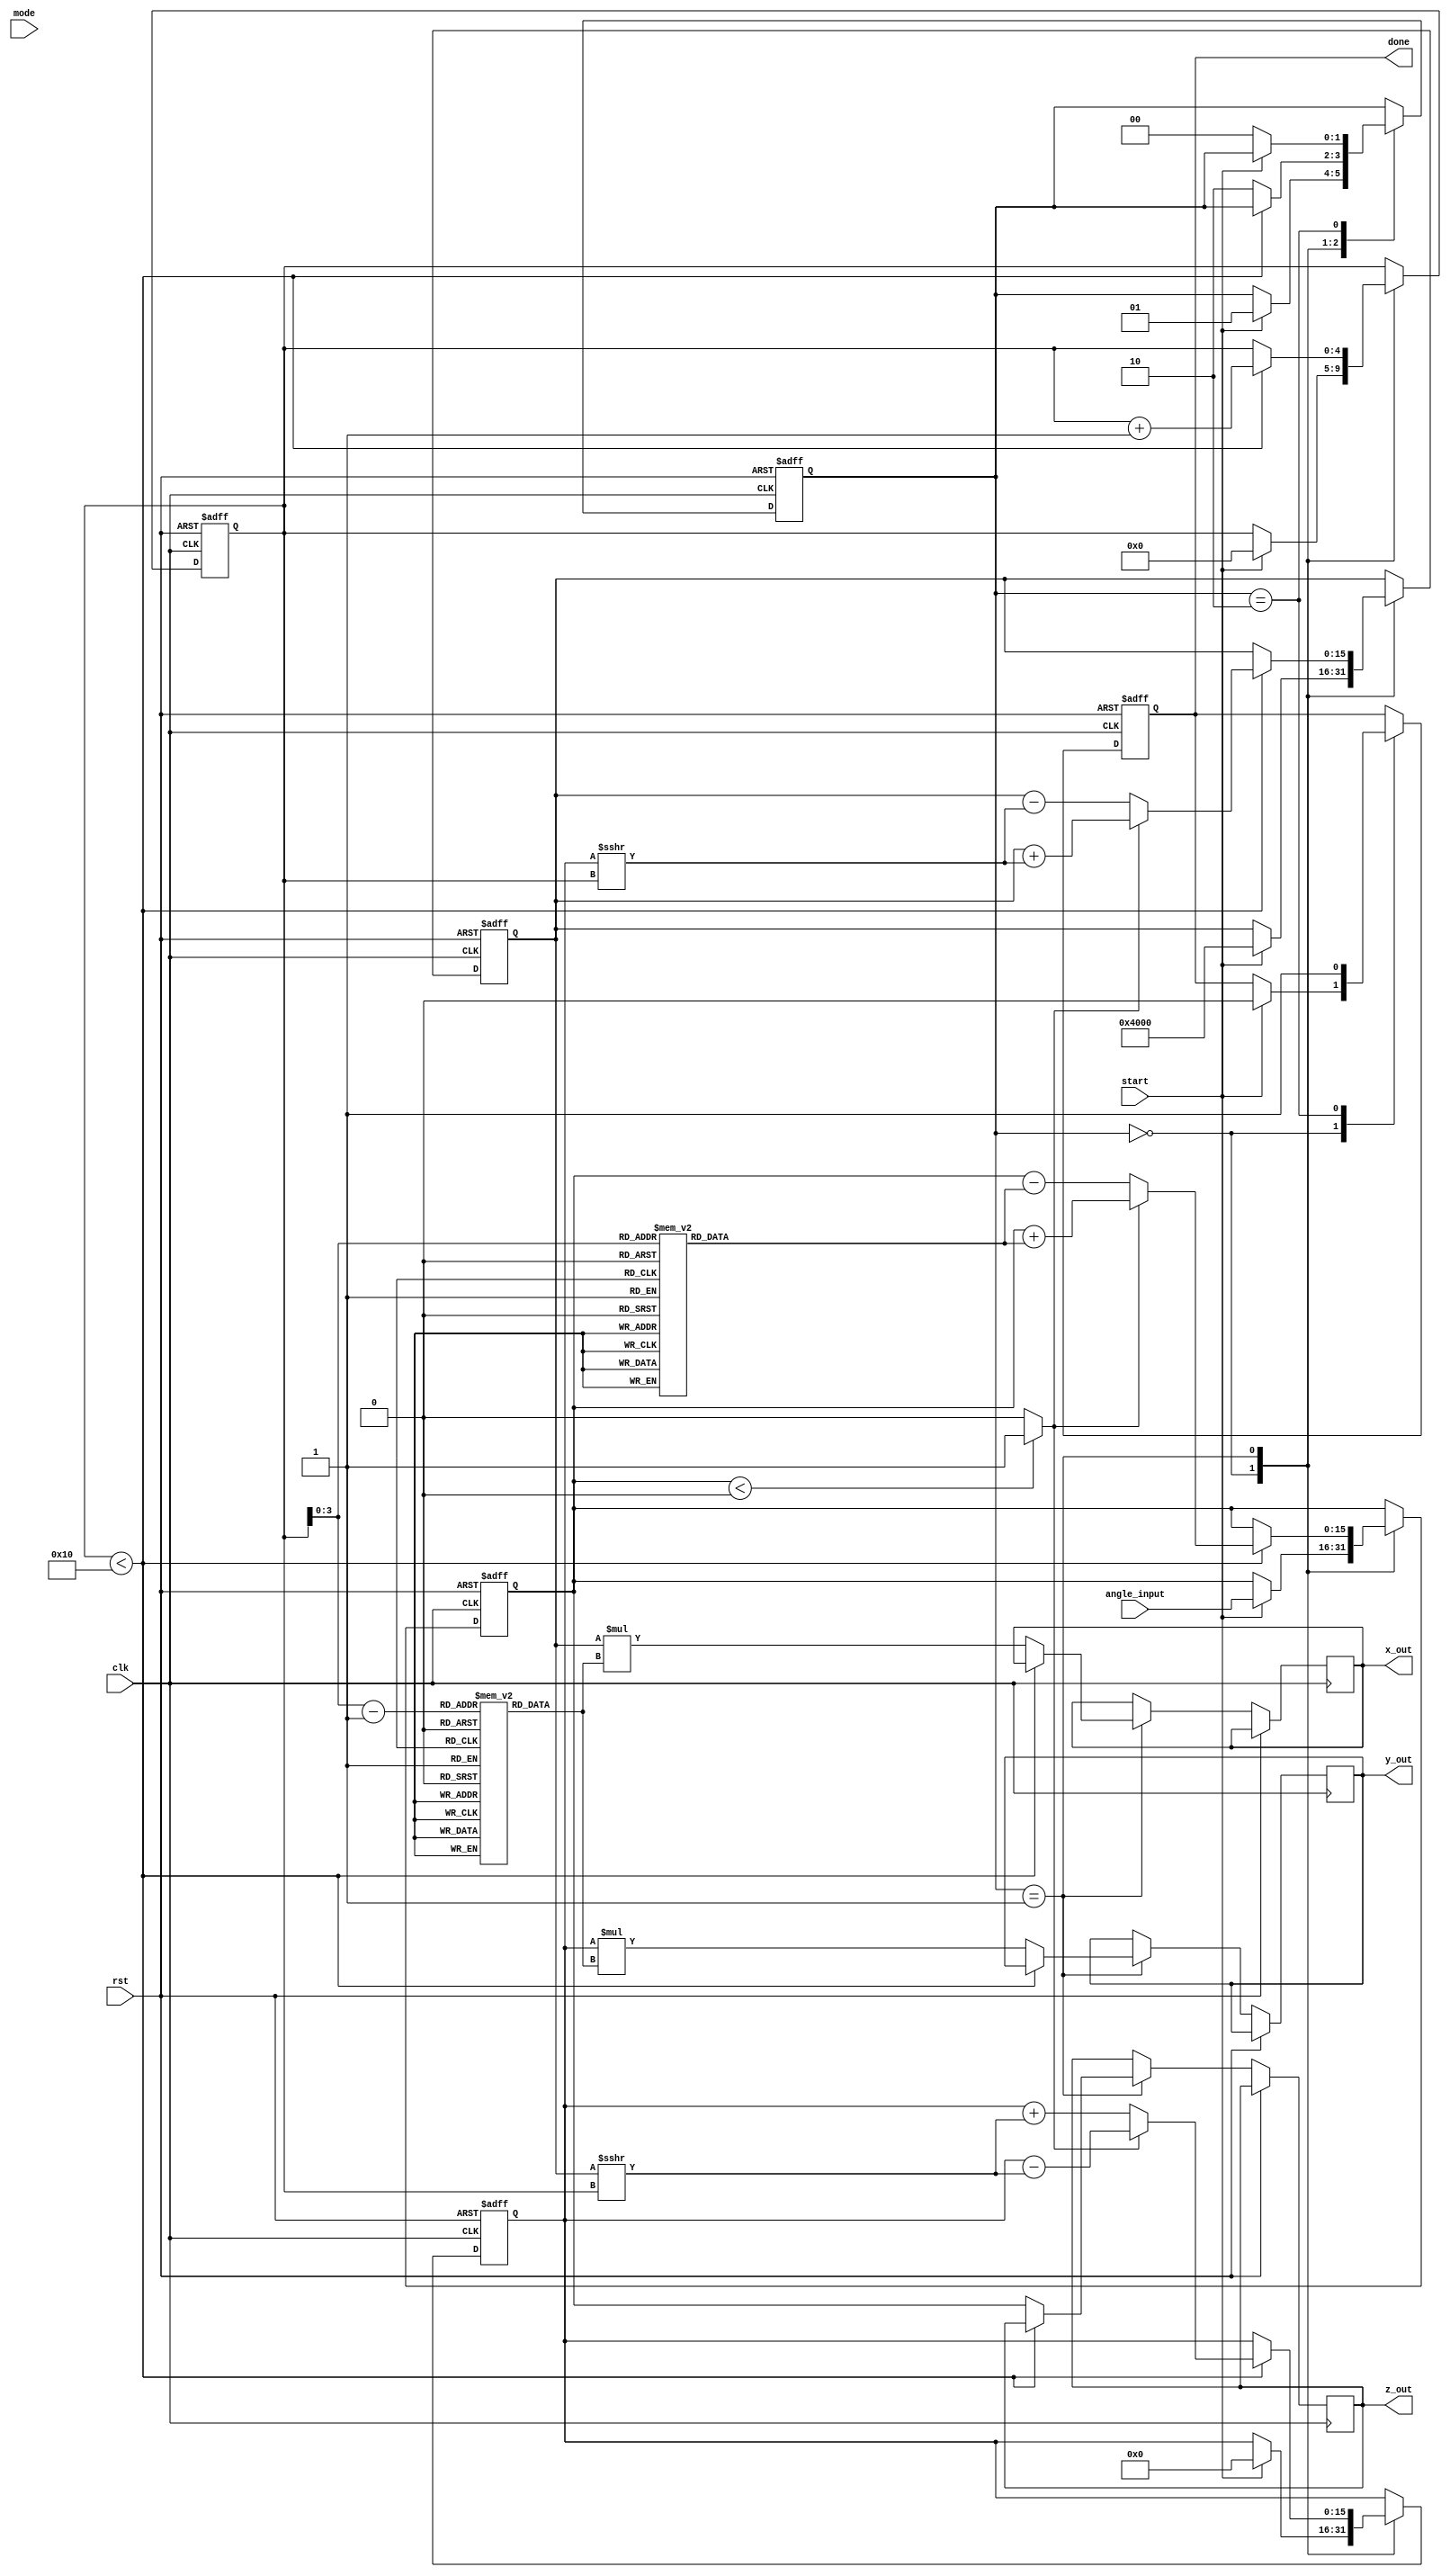
module cordic #(
    parameter DATA_WIDTH = 16,
    parameter ITERATIONS = 16
)(
    input wire clk,
    input wire rst,
    input wire start,
    input wire [DATA_WIDTH-1:0] angle_input, // Input angle in radians (fixed-point)
    input wire mode, // 0 for rotation, 1 for vectoring
    output reg [DATA_WIDTH-1:0] x_out,
    output reg [DATA_WIDTH-1:0] y_out,
    output reg [DATA_WIDTH-1:0] z_out,
    output reg done
);

    // Lookup tables for angles and gains
    reg [DATA_WIDTH-1:0] angle_lut [0:ITERATIONS-1];
    reg [DATA_WIDTH-1:0] gain_lut [0:ITERATIONS-1];

    // Internal registers
    reg [DATA_WIDTH-1:0] x_reg, y_reg, z_reg;
    reg [4:0] iter; // Iteration counter
    reg direction; // Direction for rotation
    reg [1:0] state; // FSM state

    // State encoding
    localparam IDLE = 2'b00;
    localparam RUN = 2'b01;
    localparam DONE = 2'b10;

    // Initialize LUTs
    initial begin
        // Fill angle_lut and gain_lut with appropriate values
        // Example values (fixed-point representation)
        angle_lut[0] = 16'h2000; // atan(1) = 45 degrees in fixed-point
        angle_lut[1] = 16'h1600; // atan(0.5)
        angle_lut[2] = 16'h0C90; // atan(0.25)
        // ... Fill in remaining values for all iterations

        gain_lut[0] = 16'h1FFF; // Gain for first iteration
        gain_lut[1] = 16'h1FFC; // Gain for second iteration
        // ... Fill in remaining values for all iterations
    end

    // FSM and CORDIC iteration logic
    always @(posedge clk or posedge rst) begin
        if (rst) begin
            x_reg <= 0;
            y_reg <= 0;
            z_reg <= 0;
            iter <= 0;
            state <= IDLE;
            done <= 0;
        end else begin
            case (state)
                IDLE: begin
                    if (start) begin
                        // Initialize values
                        x_reg <= 16'h4000; // Initial x (1.0 in fixed-point)
                        y_reg <= 0; // Initial y (0.0 in fixed-point)
                        z_reg <= angle_input; // Input angle
                        iter <= 0;
                        state <= RUN;
                        done <= 0;
                    end
                end

                RUN: begin
                    if (iter < ITERATIONS) begin
                        // Determine direction based on z_reg
                        direction = (z_reg < 0) ? 1'b1 : 1'b0;

                        // Update x, y, z based on CORDIC equations
                        if (mode == 1'b0) begin // Rotation mode
                            if (direction) begin
                                x_reg <= x_reg + (y_reg >>> iter);
                                y_reg <= y_reg - (x_reg >>> iter);
                                z_reg <= z_reg + angle_lut[iter];
                            end else begin
                                x_reg <= x_reg - (y_reg >>> iter);
                                y_reg <= y_reg + (x_reg >>> iter);
                                z_reg <= z_reg - angle_lut[iter];
                            end
                        end else begin // Vectoring mode
                            if (direction) begin
                                x_reg <= x_reg + (y_reg >>> iter);
                                y_reg <= y_reg - (x_reg >>> iter);
                                z_reg <= z_reg + angle_lut[iter];
                            end else begin
                                x_reg <= x_reg - (y_reg >>> iter);
                                y_reg <= y_reg + (x_reg >>> iter);
                                z_reg <= z_reg - angle_lut[iter];
                            end
                        end

                        iter <= iter + 1;
                    end else begin
                        // Finalize output
                        x_out <= x_reg * gain_lut[iter-1]; // Apply final gain
                        y_out <= y_reg * gain_lut[iter-1]; // Apply final gain
                        z_out <= z_reg;
                        state <= DONE;
                    end
                end

                DONE: begin
                    done <= 1;
                    if (!start) begin
                        state <= IDLE; // Reset state on next start signal
                    end
                end
            endcase
        end
    end

endmodule